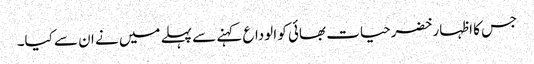
جس کا اظہار خضرحیات بھائی کو الوداع کہنے سے پہلے میں نے ان سے کیا۔